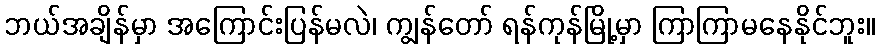
ဘယ်အချိန်မှာ အကြောင်းပြန်မလဲ၊ ကျွန်တော် ရန်ကုန်မြို့မှာ ကြာကြာမနေနိုင်ဘူး။